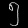
Digit: ၅